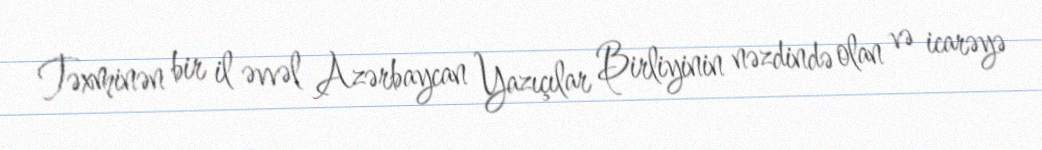
Təxminən bir il əvvəl Azərbaycan Yazıçılar Birliyinin nəzdində olan və icarəyə